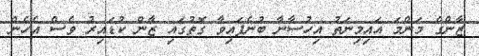
ޒާންގެ މަންމަ އައިމިނަތު އިހުސާނާ ބުނެފައިވާ ގޮތުގައި ޒާން ކުޑައިރު ވެސް އެހެން